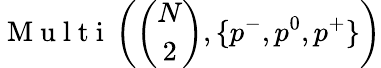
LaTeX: \mathrm{~M~u~l~t~i~}\left(\binom{N}{2},\{ p^{-},p^{0},p^{+}\} \right)